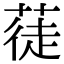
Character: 蓗